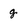
Character: g